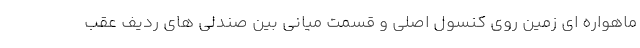
ماهواره ای زمین روی کنسول اصلی و قسمت میانی بین صندلی های ردیف عقب